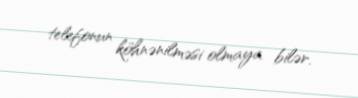
telefonun köhnənilməsi olmaya bilər.